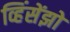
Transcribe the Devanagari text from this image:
व्हिंसेंझो